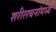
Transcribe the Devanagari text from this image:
शरीररचनांमध्ये